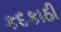
કદકાઠી